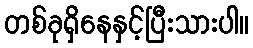
တစ်ခုရှိနေနှင့်ပြီးသားပါ။